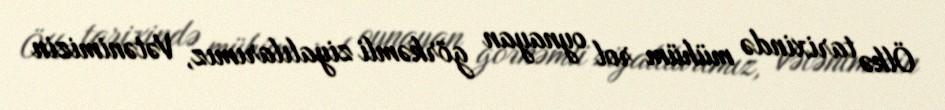
Ölkə tarixində mühüm rol oynayan görkəmli ziyalılarımız, Vətənimizin